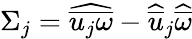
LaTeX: \Sigma_{j}=\widehat{\overline{{u_{j}\omega}}}-\widehat{\overline{{u}}}_{j}\widehat{\overline{{\omega}}}